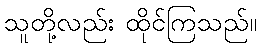
သူတို့လည်း ထိုင်ကြသည်။